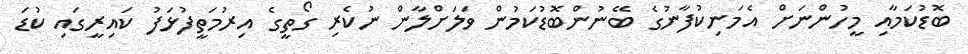
ބޮޑުކަމާއި މީހުންނަށް އެމަނިކުފާނުގެ ބޭނުންބޮޑުކަމުން ވަލަށްލާން ނުކެރި ގޯތީގެ އިރުމަތީފުޅަފު ކައިރީގައި ކުޑަ